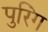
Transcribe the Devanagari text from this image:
पुरिंग